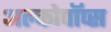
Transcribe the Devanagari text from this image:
अल्कोपॉप्स